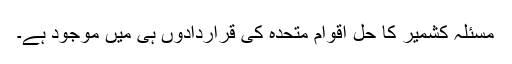
مسئلہ کشمیر کا حل اقوام متحدہ کی قراردادوں ہی میں موجود ہے۔